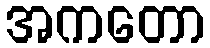
အကတော